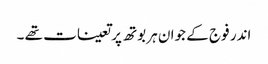
اندر فوج کے جوان ہر بوتھ پر تعینات تھے ۔